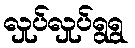
လှုပ်လှုပ်ရွရွ